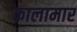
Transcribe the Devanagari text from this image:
कालामार